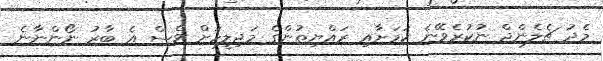
މެދު ޗެލެންޖް ނުކުރެވޭނެ ކަމަށާއި ރައްޔިތުންގެ މަޖިލީހަށް ވެސް އެ ބާރު ނޯންނާނެ